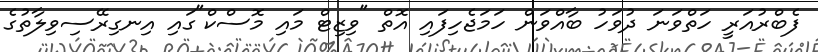
ފެބްރުއަރީ ހަތްވަނަ ދުވަހު ބާއްވަން ހަމަޖެހިފައި އޮތް "ވިޒިޓް މައި މޮސްކް"ގައި އިނގިރޭސިވިލާތުގެ